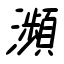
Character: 瀕